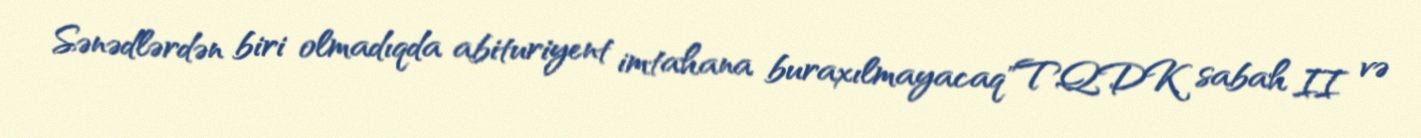
Sənədlərdən biri olmadıqda abituriyent imtahana buraxılmayacaq"TQDK sabah II və